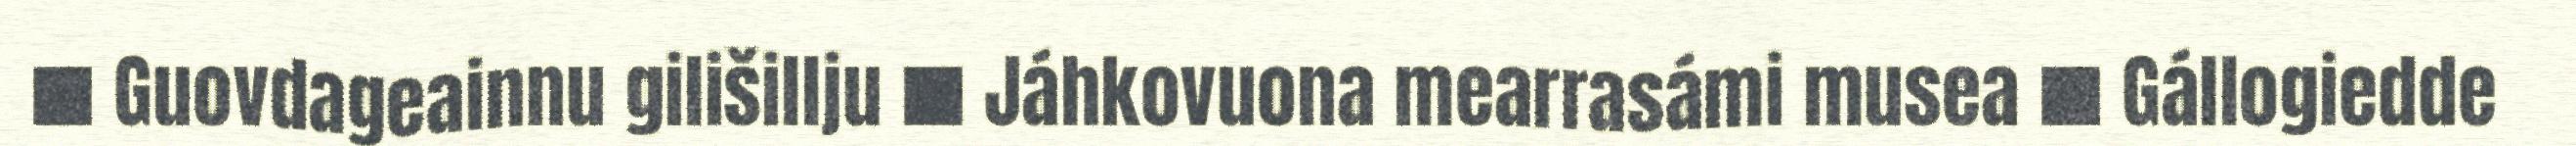
■ Guovdageainnu gilišillju ■ Jáhkovuona mearrasámi musea ■ Gállogiedde